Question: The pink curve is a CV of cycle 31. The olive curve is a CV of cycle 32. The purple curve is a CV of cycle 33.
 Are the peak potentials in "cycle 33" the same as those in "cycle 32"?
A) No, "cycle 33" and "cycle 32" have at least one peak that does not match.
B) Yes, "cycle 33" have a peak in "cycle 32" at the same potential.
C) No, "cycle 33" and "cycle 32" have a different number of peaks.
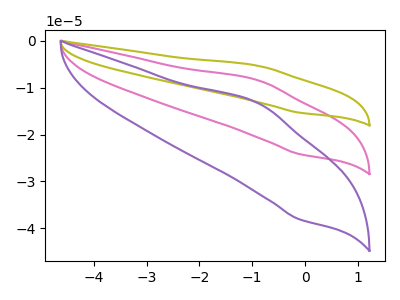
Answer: <think>The pink curve "cycle 31" has an anodic peak at (-0.90V, -8.50uA) and a cathodic peak at (-0.10V, -24.15uA). The olive curve "cycle 32" has an anodic peak at (-0.90V, -17.00uA) and a cathodic peak at (-0.10V, -48.25uA). The purple curve "cycle 33" has an anodic peak at (-0.90V, -13.40uA) and a cathodic peak at (-0.10V, -38.00uA).</think>
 <answer>B) Yes, "cycle 33" have a peak in "cycle 32" at the same potential.</answer>
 <eval>B</eval>